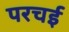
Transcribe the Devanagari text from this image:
परचई